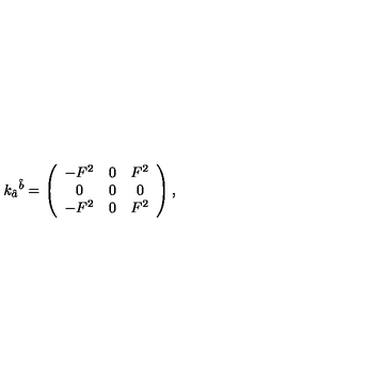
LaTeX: k _ { \hat { a } } { } ^ { \hat { b } } = \left( \begin{array} { c c c } { - F ^ { 2 } } & { 0 } & { F ^ { 2 } } \\ { 0 } & { 0 } & { 0 } \\ { - F ^ { 2 } } & { 0 } & { F ^ { 2 } } \\ \end{array} \right) ,